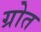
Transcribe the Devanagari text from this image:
ग्रोत